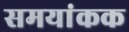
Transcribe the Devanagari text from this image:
समयांकक